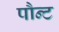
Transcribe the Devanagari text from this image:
पौन्ट